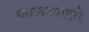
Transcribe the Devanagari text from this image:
कालव्यांद्वारे